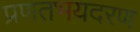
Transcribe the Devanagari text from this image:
प्रणतभयदरण